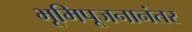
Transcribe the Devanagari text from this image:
भूमिपूजनानंतर